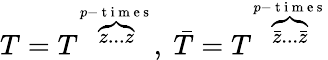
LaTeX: T=T^{\overbrace{z...z}^{p-{\mathrm{~t~i~m~e~s~}}}},~\bar{T}=T^{\overbrace{\bar{z}...\bar{z}}^{p-{\mathrm{~t~i~m~e~s~}}}}